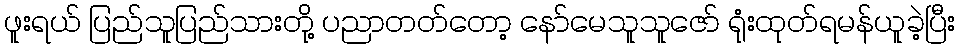
ဖူးရယ် ပြည်သူပြည်သားတို့ ပညာတတ်တော့ နော်မေသူသူဇော် ရုံးထုတ်ရမန်ယူခဲ့ပြီး